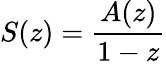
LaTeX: S(z)={\frac{A(z)}{1-z}}